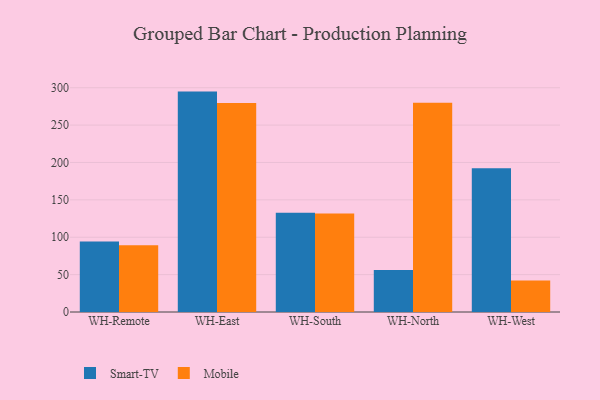
{"axis": {"x": "Warehouse", "y": "Waste Production (Tons)"}, "legend": ["Mobile", "Smart-TV"], "data": [{"x": "WH-Remote", "y": 94.4, "type": "Smart-TV"}, {"x": "WH-Remote", "y": 89.4, "type": "Mobile"}, {"x": "WH-East", "y": 294.8, "type": "Smart-TV"}, {"x": "WH-East", "y": 279.5, "type": "Mobile"}, {"x": "WH-South", "y": 132.7, "type": "Smart-TV"}, {"x": "WH-South", "y": 131.6, "type": "Mobile"}, {"x": "WH-North", "y": 56.1, "type": "Smart-TV"}, {"x": "WH-North", "y": 279.8, "type": "Mobile"}, {"x": "WH-West", "y": 192.4, "type": "Smart-TV"}, {"x": "WH-West", "y": 42.2, "type": "Mobile"}]}